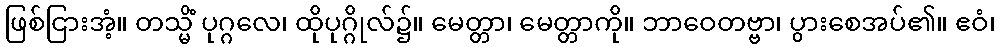
ဖြစ်ငြားအံ့။ တသ္မိံ ပုဂ္ဂလေ၊ ထိုပုဂ္ဂိုလ်၌။ မေတ္တာ၊ မေတ္တာကို။ ဘာဝေတဗ္ဗာ၊ ပွားစေအပ်၏။ ဧဝံ၊